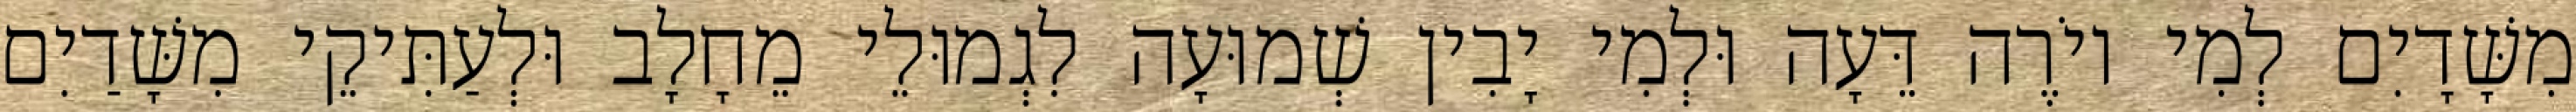
מִשָּׁדָיִם לְמִי יוֹרֶה דֵּעָה וּלְמִי יָבִין שְׁמוּעָה לִגְמוּלֵי מֵחָלָב וּלְעַתִּיקֵי מִשָּׁדַיִם